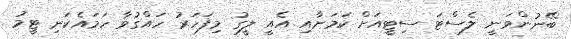
ބޭނުންވަނީ ލެސްޓަ ސިޓީއަށް ކަމަށާއި އެއީ ލީގު މިފަހަރު ހައްގުވާ ހަމައެކަނި ޓީމު